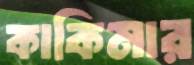
কাকিমার